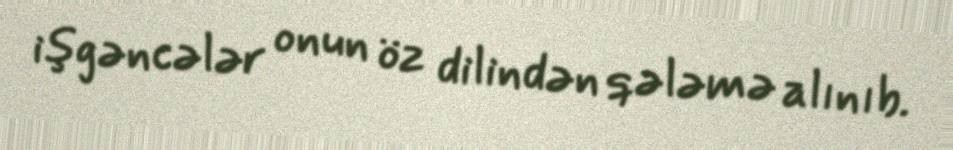
işgəncələr onun öz dilindən qələmə alınıb.